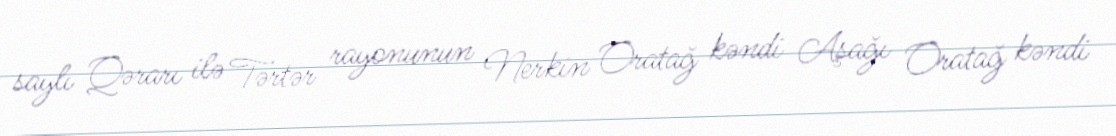
saylı Qərarı ilə Tərtər rayonunun Nerkin Oratağ kəndi Aşağı Oratağ kəndi